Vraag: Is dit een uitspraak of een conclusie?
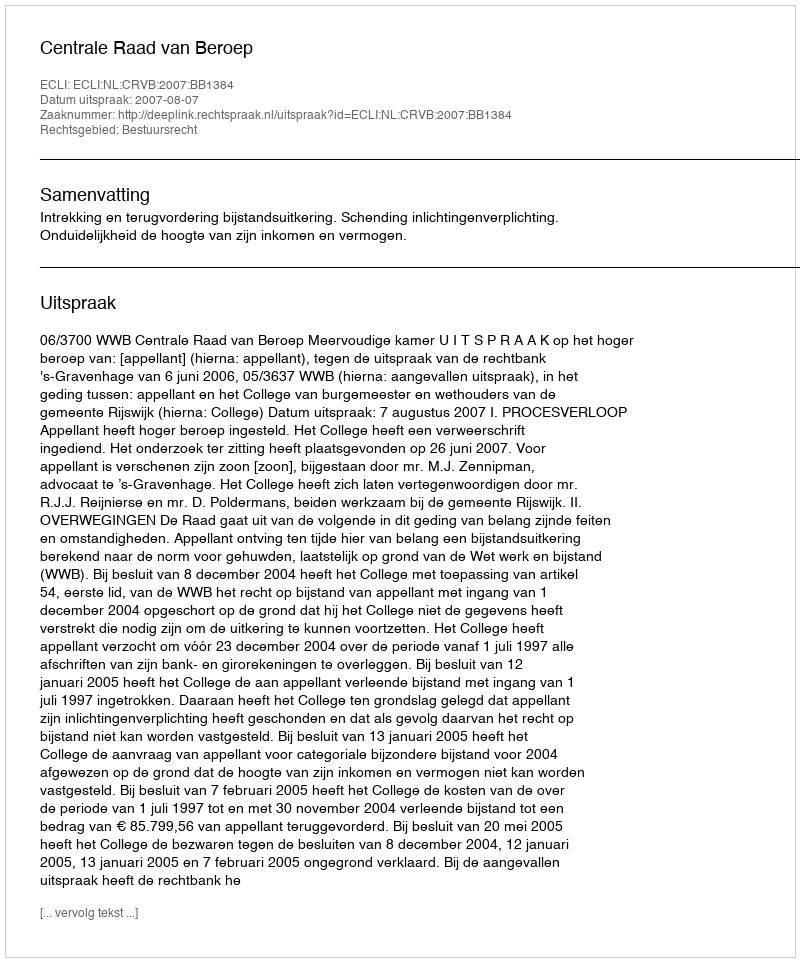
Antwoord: Uitspraak